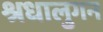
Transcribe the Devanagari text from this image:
श्रधालुगन